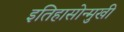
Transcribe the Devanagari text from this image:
इतिहासोन्मुखी